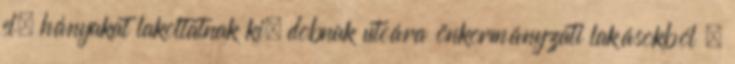
el, hányakat lakoltatnak ki, dobnak utcára önkormányzati lakásokból ,